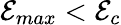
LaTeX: \mathcal{E}_{max}<\mathcal{E}_{c}